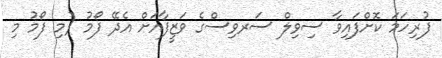
ފުރިހަމަ ކޮށްފައިވާ ސިވިލް ސަރވިސްގެ ވަޒީފާއަށް އެދޭ ފޯމު (މި ފޯމު މި